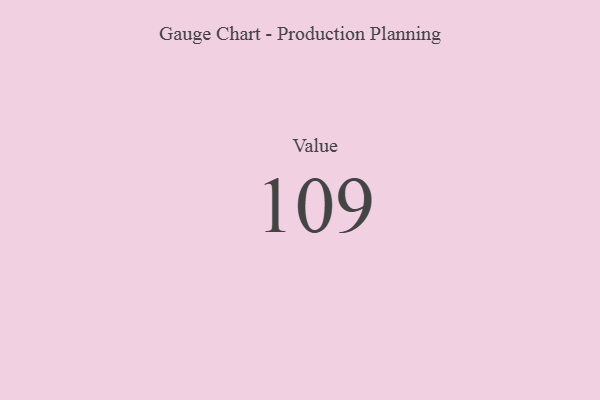
{"axis": {"x": "Metric", "y": "Value"}, "legend": [""], "data": [{"x": "Value", "y": 109, "type": ""}]}